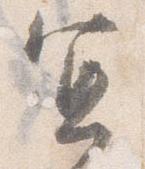
宜